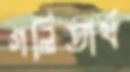
গলিতার্থ